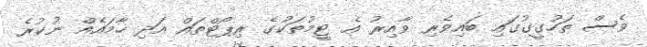
ވެސް ތަހުގީގުގައި ބައިވެރި ވާއިރު އެ ޓީމުތަކުގެ ރިޕޯޓްތައް އަދި ހާމައެއް ނުކުރެ